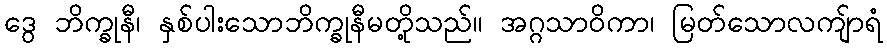
ဒွေ ဘိက္ခုနီ၊ နှစ်ပါးသောဘိက္ခုနီမတို့သည်။ အဂ္ဂသာဝိကာ၊ မြတ်သောလကျ်ာရံ